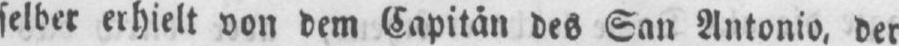
selber erhielt von dem Kapitän des San Antonio, der